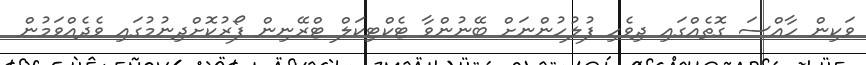
ވަކިން ހާއްސަ ގޮތެއްގައި ދިވެހި ފުލުހުންނަށް ބޭނުންވާ ޓެކްޓިކަލް ޓްރޭނިން ފޯރުކޮށްދިނުމުގައި ވެދެއްވަމުން